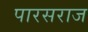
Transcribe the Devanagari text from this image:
पारसराज